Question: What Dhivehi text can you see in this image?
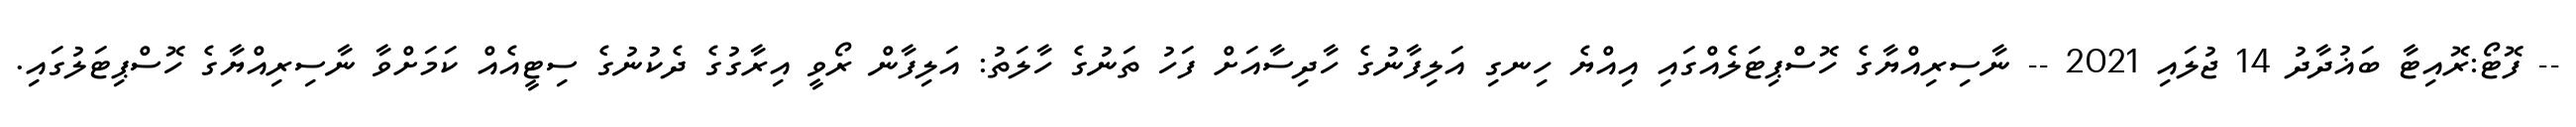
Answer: -- ފޮޓޯ:ރޮއިޓާ ބަޣުދާދު 14 ޖުލައި 2021 -- ނާސިރިއްޔާގެ ހޮސްޕިޓަލެއްގައި އިއްޔެ ހިނގި އަލިފާނުގެ ހާދިސާއަށް ފަހު ތަނުގެ ހާލަތު: އަލިފާން ރޯވީ އިރާގުގެ ދެކުނުގެ ސިޓީއެއް ކަމަށްވާ ނާސިރިއްޔާގެ ހޮސްޕިޓަލުގައި.